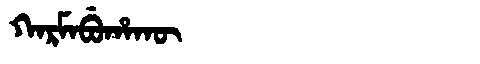
Manchu: ᡴᠠᡵᠮᠠᠪᡠᡥᠠᡴᡡ
Romanization: KARMABUHAKŪ